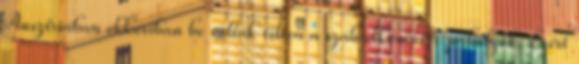
Ausztriában ekkoriban be voltak tiltva a szabadkőműves páholyok. Ezért